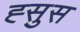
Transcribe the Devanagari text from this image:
ह्सुस